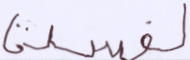
لفسدتا